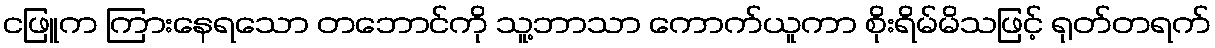
ငဖြူက ကြားနေရသော တဘောင်ကို သူ့ဘာသာ ကောက်ယူကာ စိုးရိမ်မိသဖြင့် ရုတ်တရက်